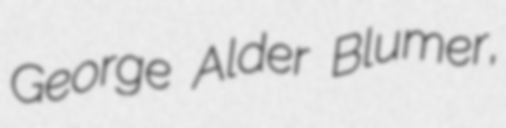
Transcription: George Alder Blumer,